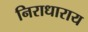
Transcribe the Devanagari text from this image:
निराधाराय